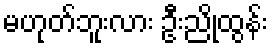
မဟုတ်ဘူးလား ဦးညိုထွန်း